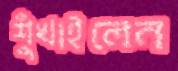
শুঁখাইলেন